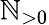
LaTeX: \mathbb{N}_{>0}